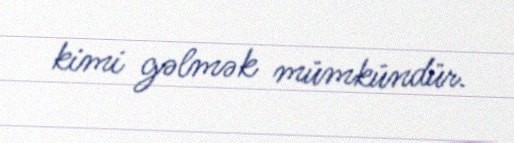
kimi gəlmək mümkündür.